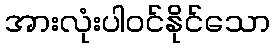
အားလုံးပါဝင်နိုင်သော